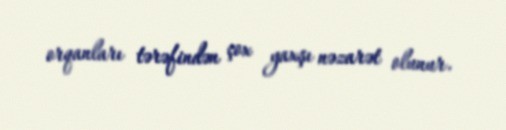
orqanları tərəfindən çox yaxşı nəzarət olunur.